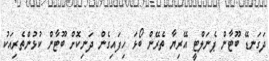
ދަގަނޑޭ ބޫޓާން ޕެނަލްޓީ އޭރިޔާ ތެރޭން ބޯޅަ ހިފައިގެން ދަނިކޮށް ބޫޓާން ކުޅުންތެރިއަކު